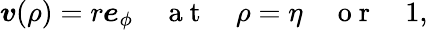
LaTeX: \boldsymbol{v}(\rho)=r\boldsymbol{e}_{\phi}\quad\mathrm{~a~t~}\quad\rho=\eta\quad\mathrm{~o~r~}\quad 1,